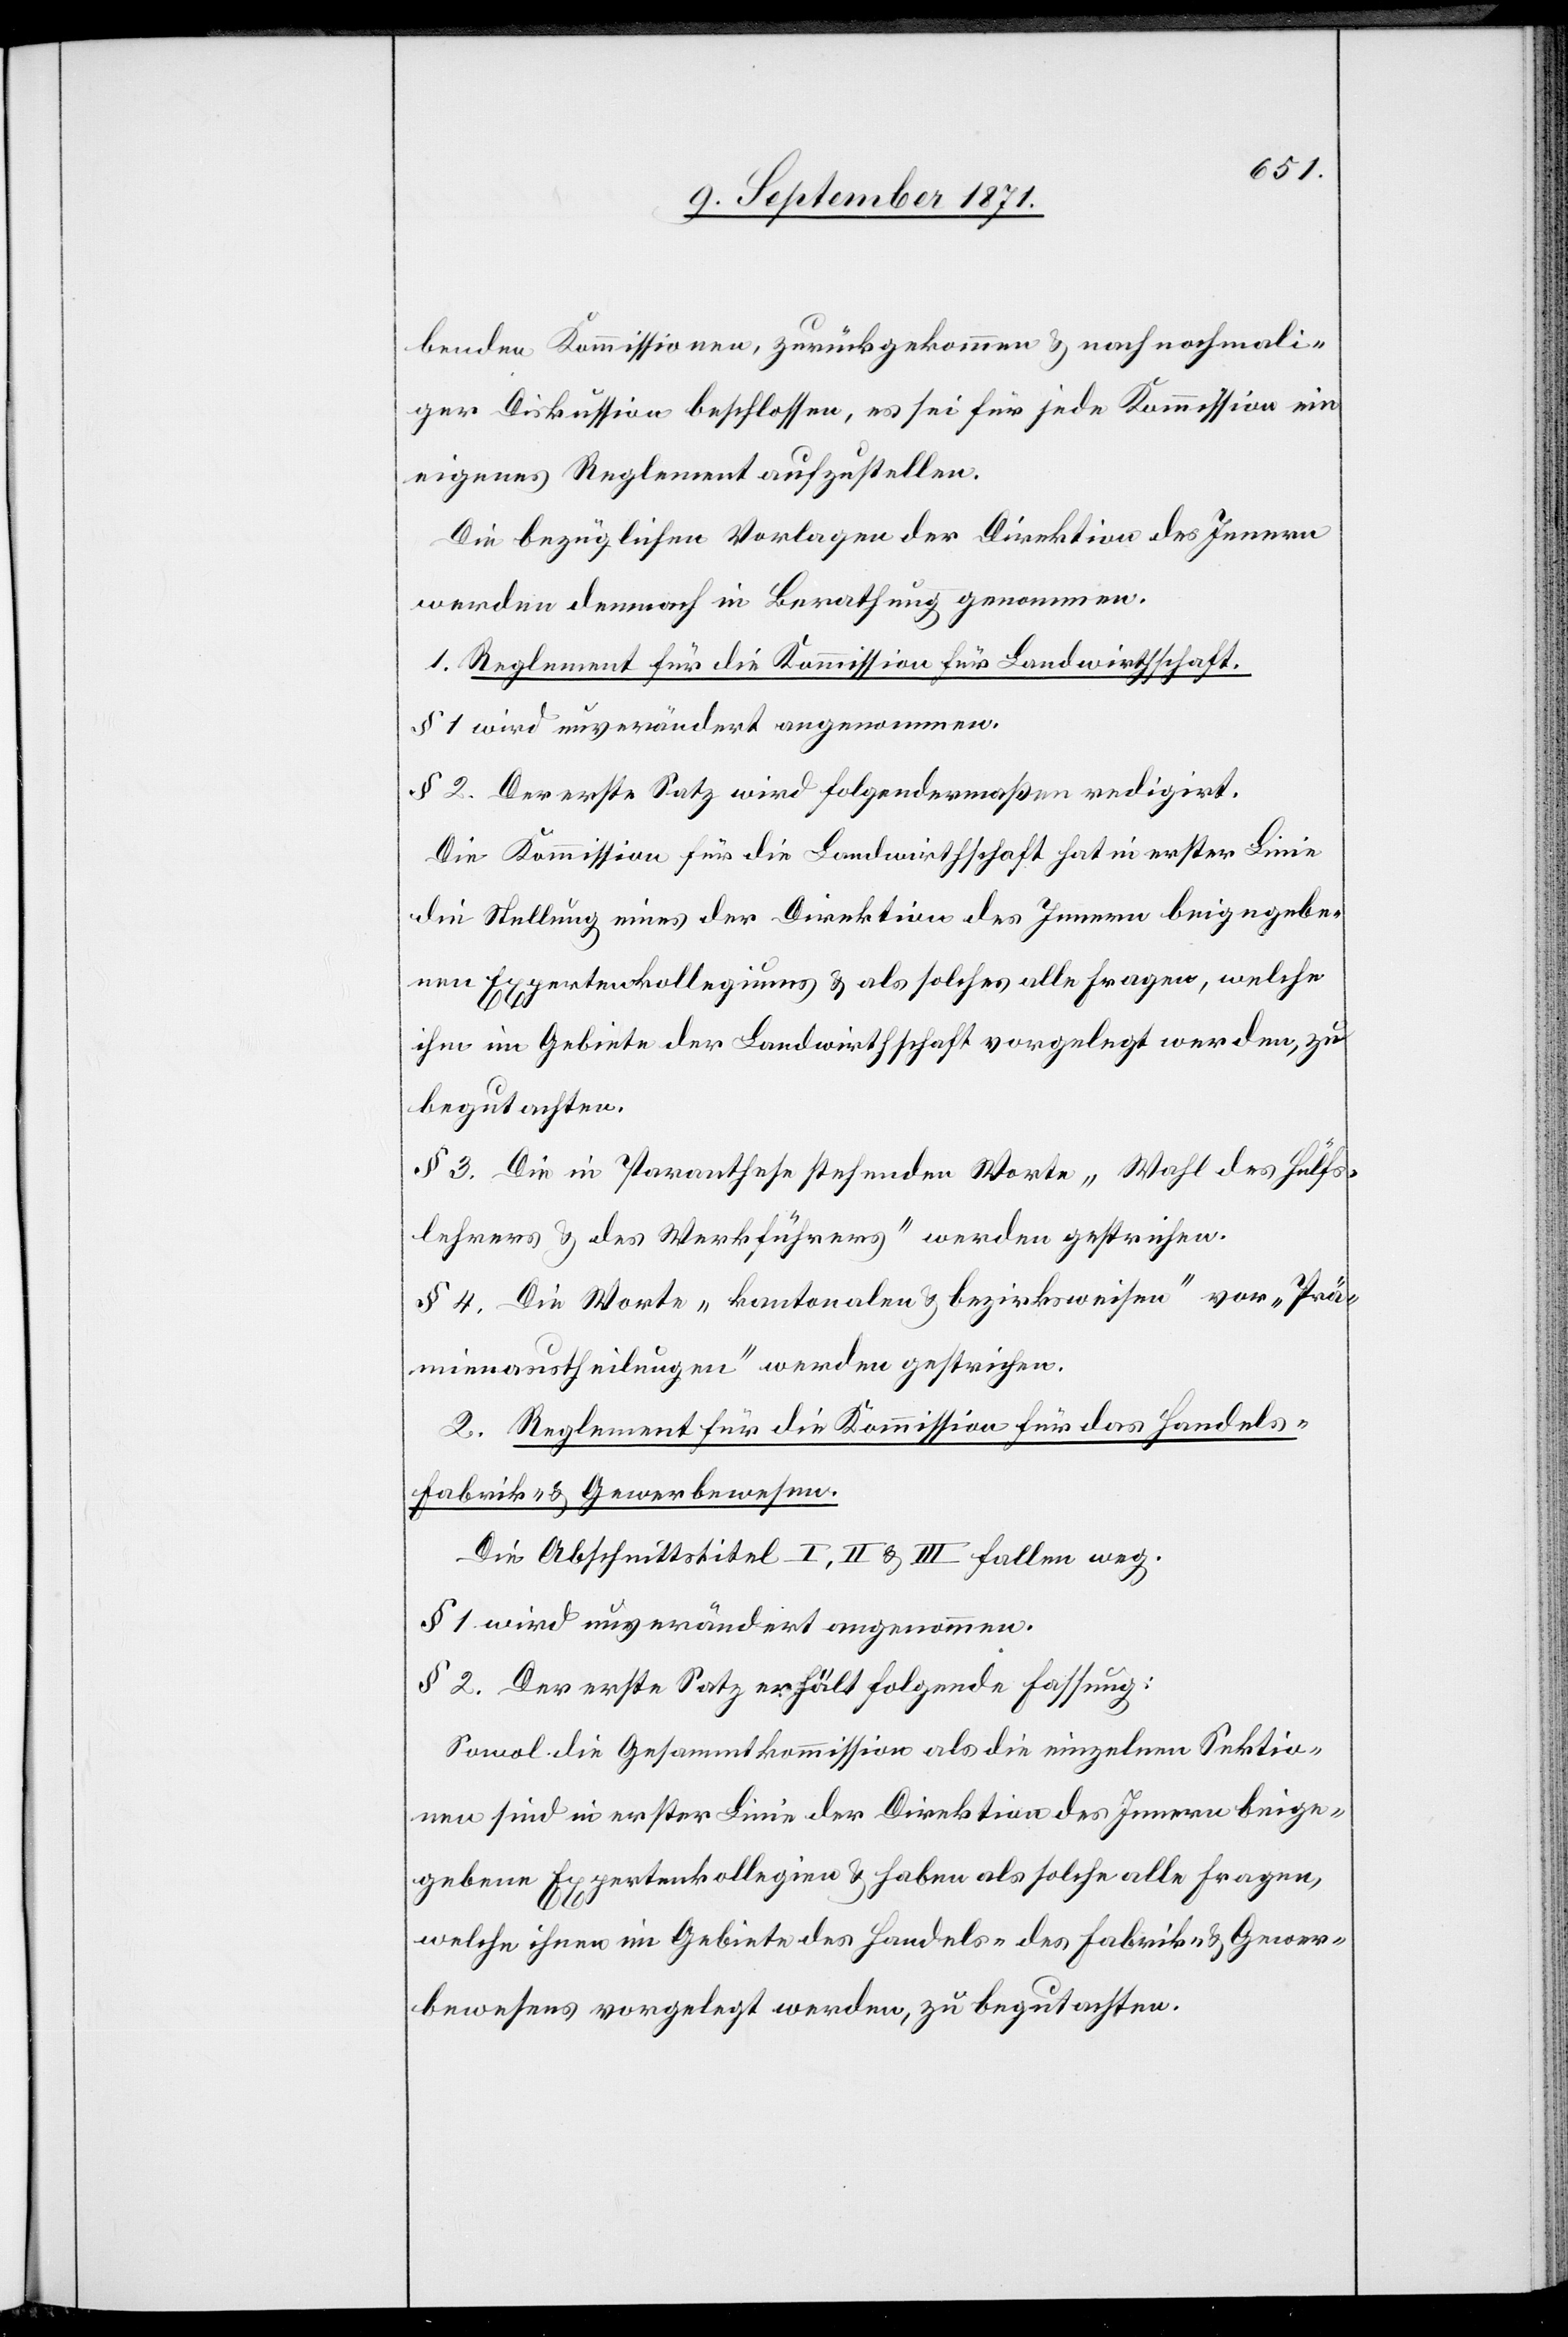
benden Kommissionen, zurückgekommen & nach nochmali¬
ger Diskussion beschlossen, es sei für jede Kommission ein
eigenes Reglement aufzustellen.
Die bezüglichen Vorlagen der Direktion des Innern
werden demnach in Berathung genommen.
1. Reglement für die Kommission für Landwirtschaft.
§ 1 wird unverändert angenommen.
§ 2. Der erste Satz wird folgendermaßen redigirt.
Die Kommission für die Landwirtschaft hat in erster Linie
die Stellung eines der Direktion des Innern beigegebe¬
nen Expertenkollegiums & als solches alle Fragen, welche
ihm im Gebiete der Landwirtschaft vorgelegt werden, zu
begutachten.
§ 3. Die in Paranthese stehenden Worte „Wahl des Hülfs¬
lehrers & des Werkführers“ werden gestrichen.
§ 4. Die Worte „kantonalen & bezirksweisen“ vor „Prä¬
mienaustheilungen“ werden gestrichen.
3. Reglement für die Kommission für das Handels-[,]
Fabrik- & Gewerbewesen.
Die Abschnittstitel I, II & III fallen weg.
§ 2. Der erste Satz erhält folgende Fassung:
Sowol die Gesammtkommission als die einzelnen Sektio¬
nen sind in erster Linie der Direktion des Innern beige¬
gebene Expertenkollegien & haben als solche alle Fragen,
welche ihnen im Gebiete des Handels-[,] des Fabrik- & Gewer¬
bewesens vorgelegt werden, zu begutachten.